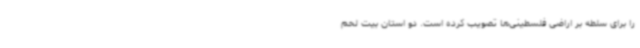
را برای سلطه بر اراضی فلسطینی‌ها تصویب کرده است. دو استان بیت لحم